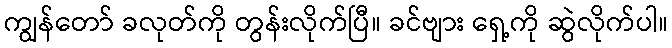
ကျွန်တော် ခလုတ်ကို တွန်းလိုက်ပြီ။ ခင်ဗျား ရှေ့ကို ဆွဲလိုက်ပါ။